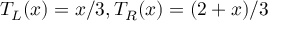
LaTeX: T _ { L } ( x ) = x / 3 , T _ { R } ( x ) = ( 2 + x ) / 3